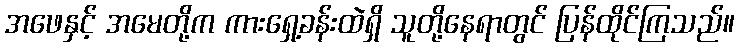
အဖေနှင့် အမေတို့က ကားရှေ့ခန်းထဲရှိ သူတို့နေရာတွင် ပြန်ထိုင်ကြသည်။